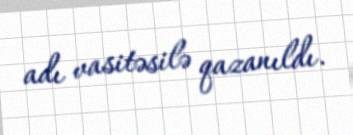
adı vasitəsilə qazanıldı.